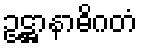
ဥဋ္ဌာနာဓိဂတံ